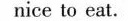
nice to eat.